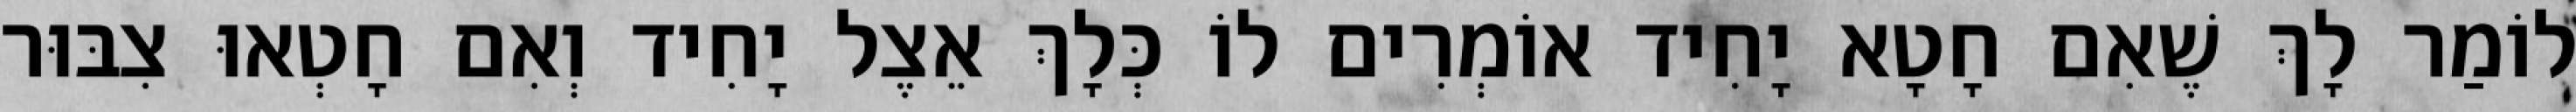
לוֹמַר לָךְ שֶׁאִם חָטָא יָחִיד אוֹמְרִים לוֹ כְּלָךְ אֵצֶל יָחִיד וְאִם חָטְאוּ צִבּוּר